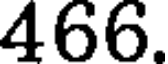
466.